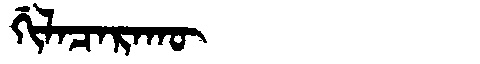
Manchu: ᡤᡳᠯᠠᠴᠠᡵᠠᡴᡡ
Romanization: GILACARAKŪ